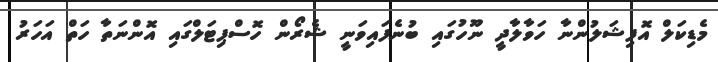
މެޑިކަލް އޮފިޝަލުންނާ ހަވާލާދީ ނޫހުގައި ބުނެފައިވަނީ ޝެރޯން ހޮސްޕިޓަލްގައި އޮންނަތާ ހަތް އަހަރު